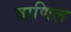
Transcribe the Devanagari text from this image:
वाणिल